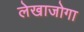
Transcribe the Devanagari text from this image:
लेखाजोगा